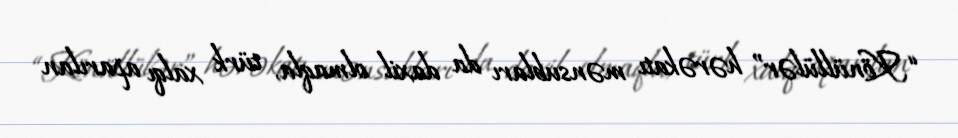
“Könüllülər” hərəkatı mənsubları da daxil olmaqla, türk xalqı aparılan